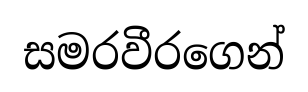
සමරවීරගෙන්